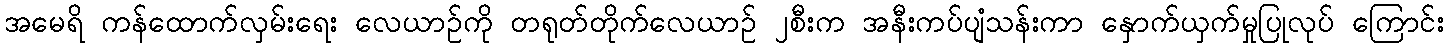
အမေရိ ကန်ထောက်လှမ်းရေး လေယာဉ်ကို တရုတ်တိုက်လေယာဉ် ၂စီးက အနီးကပ်ပျံသန်းကာ နှောက်ယှက်မှုပြုလုပ် ကြောင်း